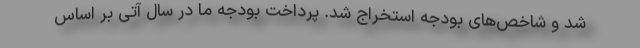
شد و شاخص‌های بودجه استخراج شد. پرداخت بودجه ما در سال آتی بر اساس